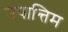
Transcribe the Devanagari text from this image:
उपान्तिम